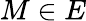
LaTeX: M\in E